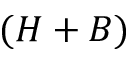
( H + B )